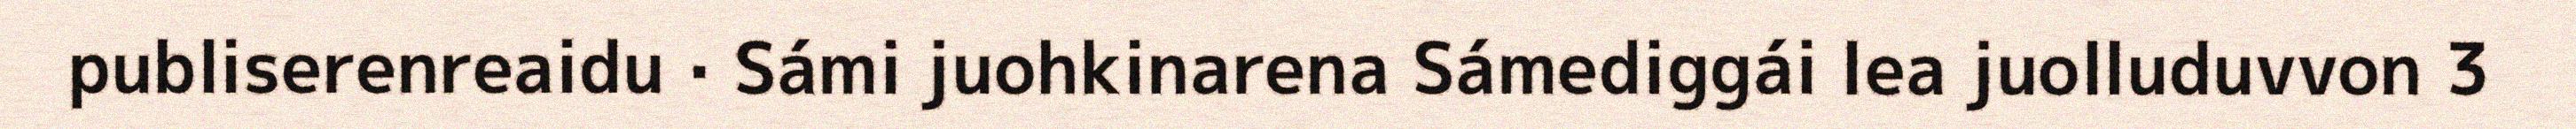
publiserenreaidu · Sámi juohkinarena Sámediggái lea juolluduvvon 3